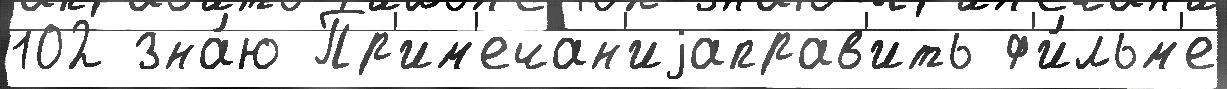
102 зна́ю Пр'им'ечан'иjаправ'ить ф'и́льм'е